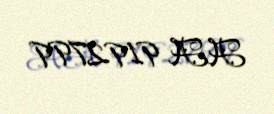
AA 9192799